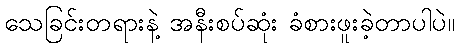
သေခြင်းတရားနဲ့ အနီးစပ်ဆုံး ခံစားဖူးခဲ့တာပါပဲ။